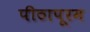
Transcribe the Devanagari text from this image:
पीठापूरम